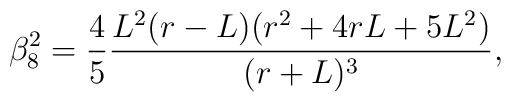
\beta_8^{2}=\frac{4}{5}\frac{L^2(r-L)(r^2+4rL+5L^2)}{(r+L)^3},